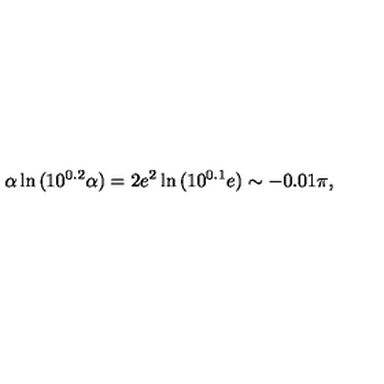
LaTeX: \alpha \ln { ( 1 0 ^ { 0 . 2 } \alpha ) } = 2 e ^ { 2 } \ln { ( 1 0 ^ { 0 . 1 } e ) } \sim - 0 . 0 1 \pi ,